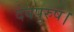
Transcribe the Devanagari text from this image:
देवपुरुष।